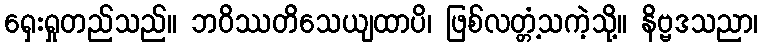
ရှေးရှုတည်သည်။ ဘဝိဿတိသေယျထာပိ၊ ဖြစ်လတ္တံ့သကဲ့သို့။ နိဗ္ဗဒသညာ၊